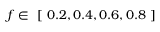
f \in \mathrm { ~ [ ~ } 0 . 2 , 0 . 4 , 0 . 6 , 0 . 8 \mathrm { ~ ] ~ }